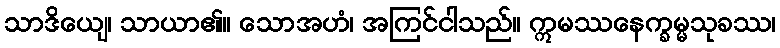
သာဒိယျေ၊ သာယာ၏။ သောအဟံ၊ အကြင်ငါသည်။ ဣမဿနေက္ခမ္မသုခဿ၊